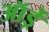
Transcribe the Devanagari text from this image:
ऑर्ड्रे